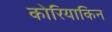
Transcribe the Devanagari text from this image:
कोरियाकिन